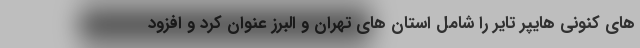
های کنونی هایپر تایر را شامل استان های تهران و البرز عنوان کرد و افزود